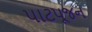
પાટપૂજન